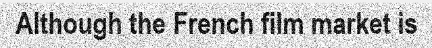
Although the French film market is